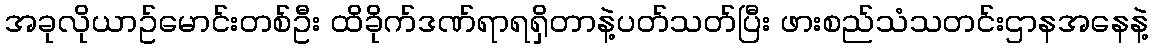
အခုလိုယာဥ်မောင်းတစ်ဦး ထိခိုက်ဒဏ်ရာရရှိတာနဲ့ပတ်သတ်ပြီး ဖားစည်သံသတင်းဌာနအနေနဲ့